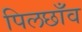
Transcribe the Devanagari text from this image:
पिलछाँव